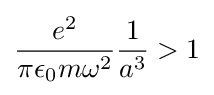
{\frac {e^{2}}{\pi \epsilon _{0}m\omega ^{2}}}{\frac {1}{a^{3}}}>1